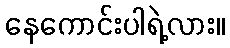
နေကောင်းပါရဲ့လား။